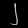
Digit: ၂